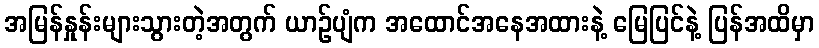
အမြန်နှုန်းများသွားတဲ့အတွက် ယာဉ်ပျံက အထောင်အနေအထားနဲ့ မြေပြင်နဲ့ ပြန်အထိမှာ